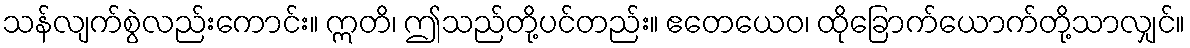
သန်လျက်စွဲလည်းကောင်း။ ဣတိ၊ ဤသည်တို့ပင်တည်း။ ဧတေယေဝ၊ ထိုခြောက်ယောက်တို့သာလျှင်။